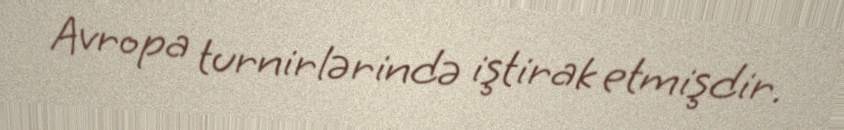
Avropa turnirlərində iştirak etmişdir.